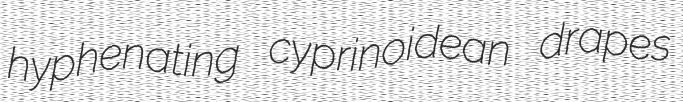
hyphenating cyprinoidean drapes